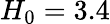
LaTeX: H_{0}=3.4